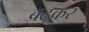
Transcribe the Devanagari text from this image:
बढक़र